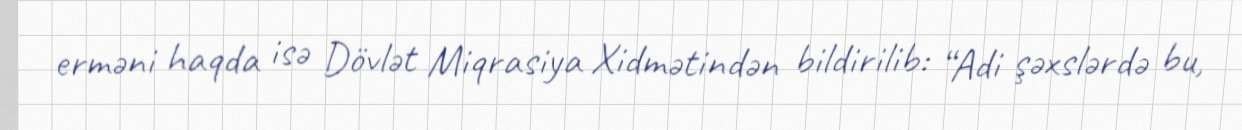
erməni haqda isə Dövlət Miqrasiya Xidmətindən bildirilib: “Adi şəxslərdə bu,